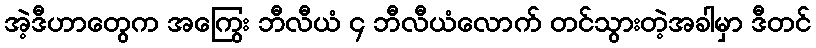
အဲ့ဒီဟာတွေက အကြွေး ဘီလီယံ ၄ ဘီလီယံလောက် တင်သွားတဲ့အခါမှာ ဒီတင်